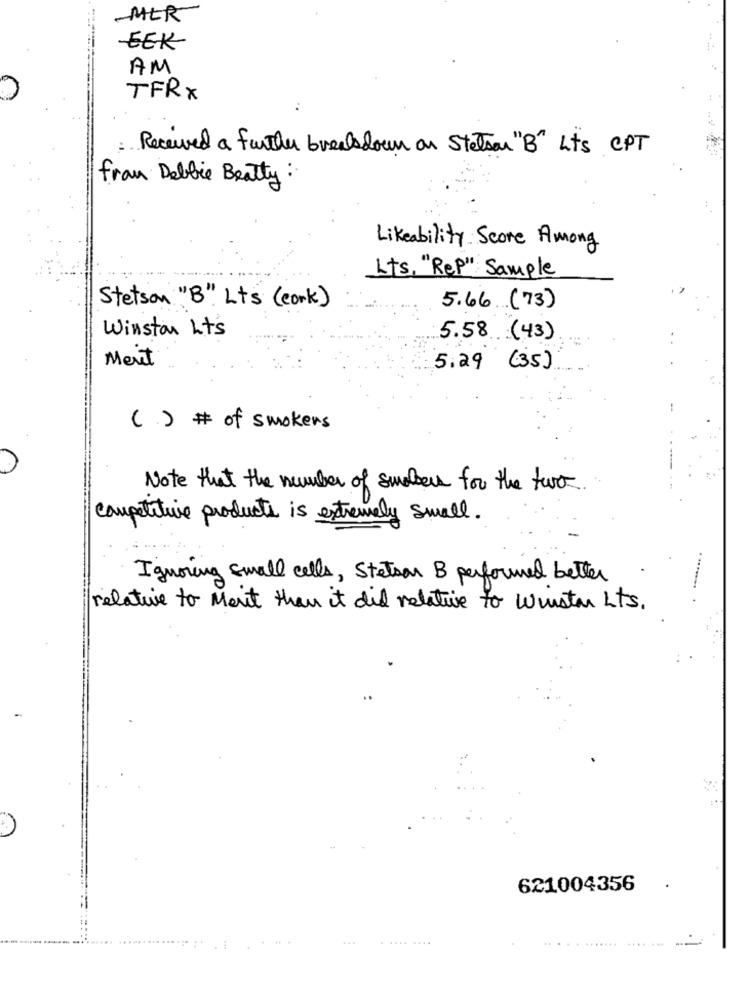
MER
-EEK
AM
TFR X
Received a further breaksdown on Stetson "B" Lts CPT
from Debbie Beatty
Likeability Score Among
Lts, "Rep" Sample
Stetson "B". Lts ( cork)
5.66 (73)
Winston Lts
5.58 (43)
Ment
5.29 (35)
( ) # of smokers
Note that the number of smokers for the two
competitive products is extremely small.
Ignoring small cells, Stetson B performed better
relative to Ment than it did relative to winstar Lts.
621004356
......